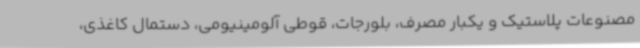
مصنوعات پلاستیک و یکبار مصرف، بلورجات، قوطی آلومینیومی، دستمال کاغذی،